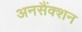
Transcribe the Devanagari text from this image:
अनसैंक्शन